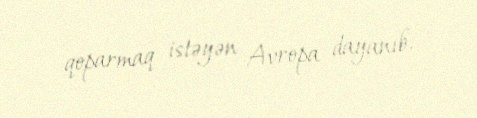
qoparmaq istəyən Avropa dayanıb.